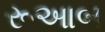
રૂઆબ